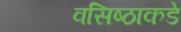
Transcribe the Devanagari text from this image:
वसिष्ठाकडे